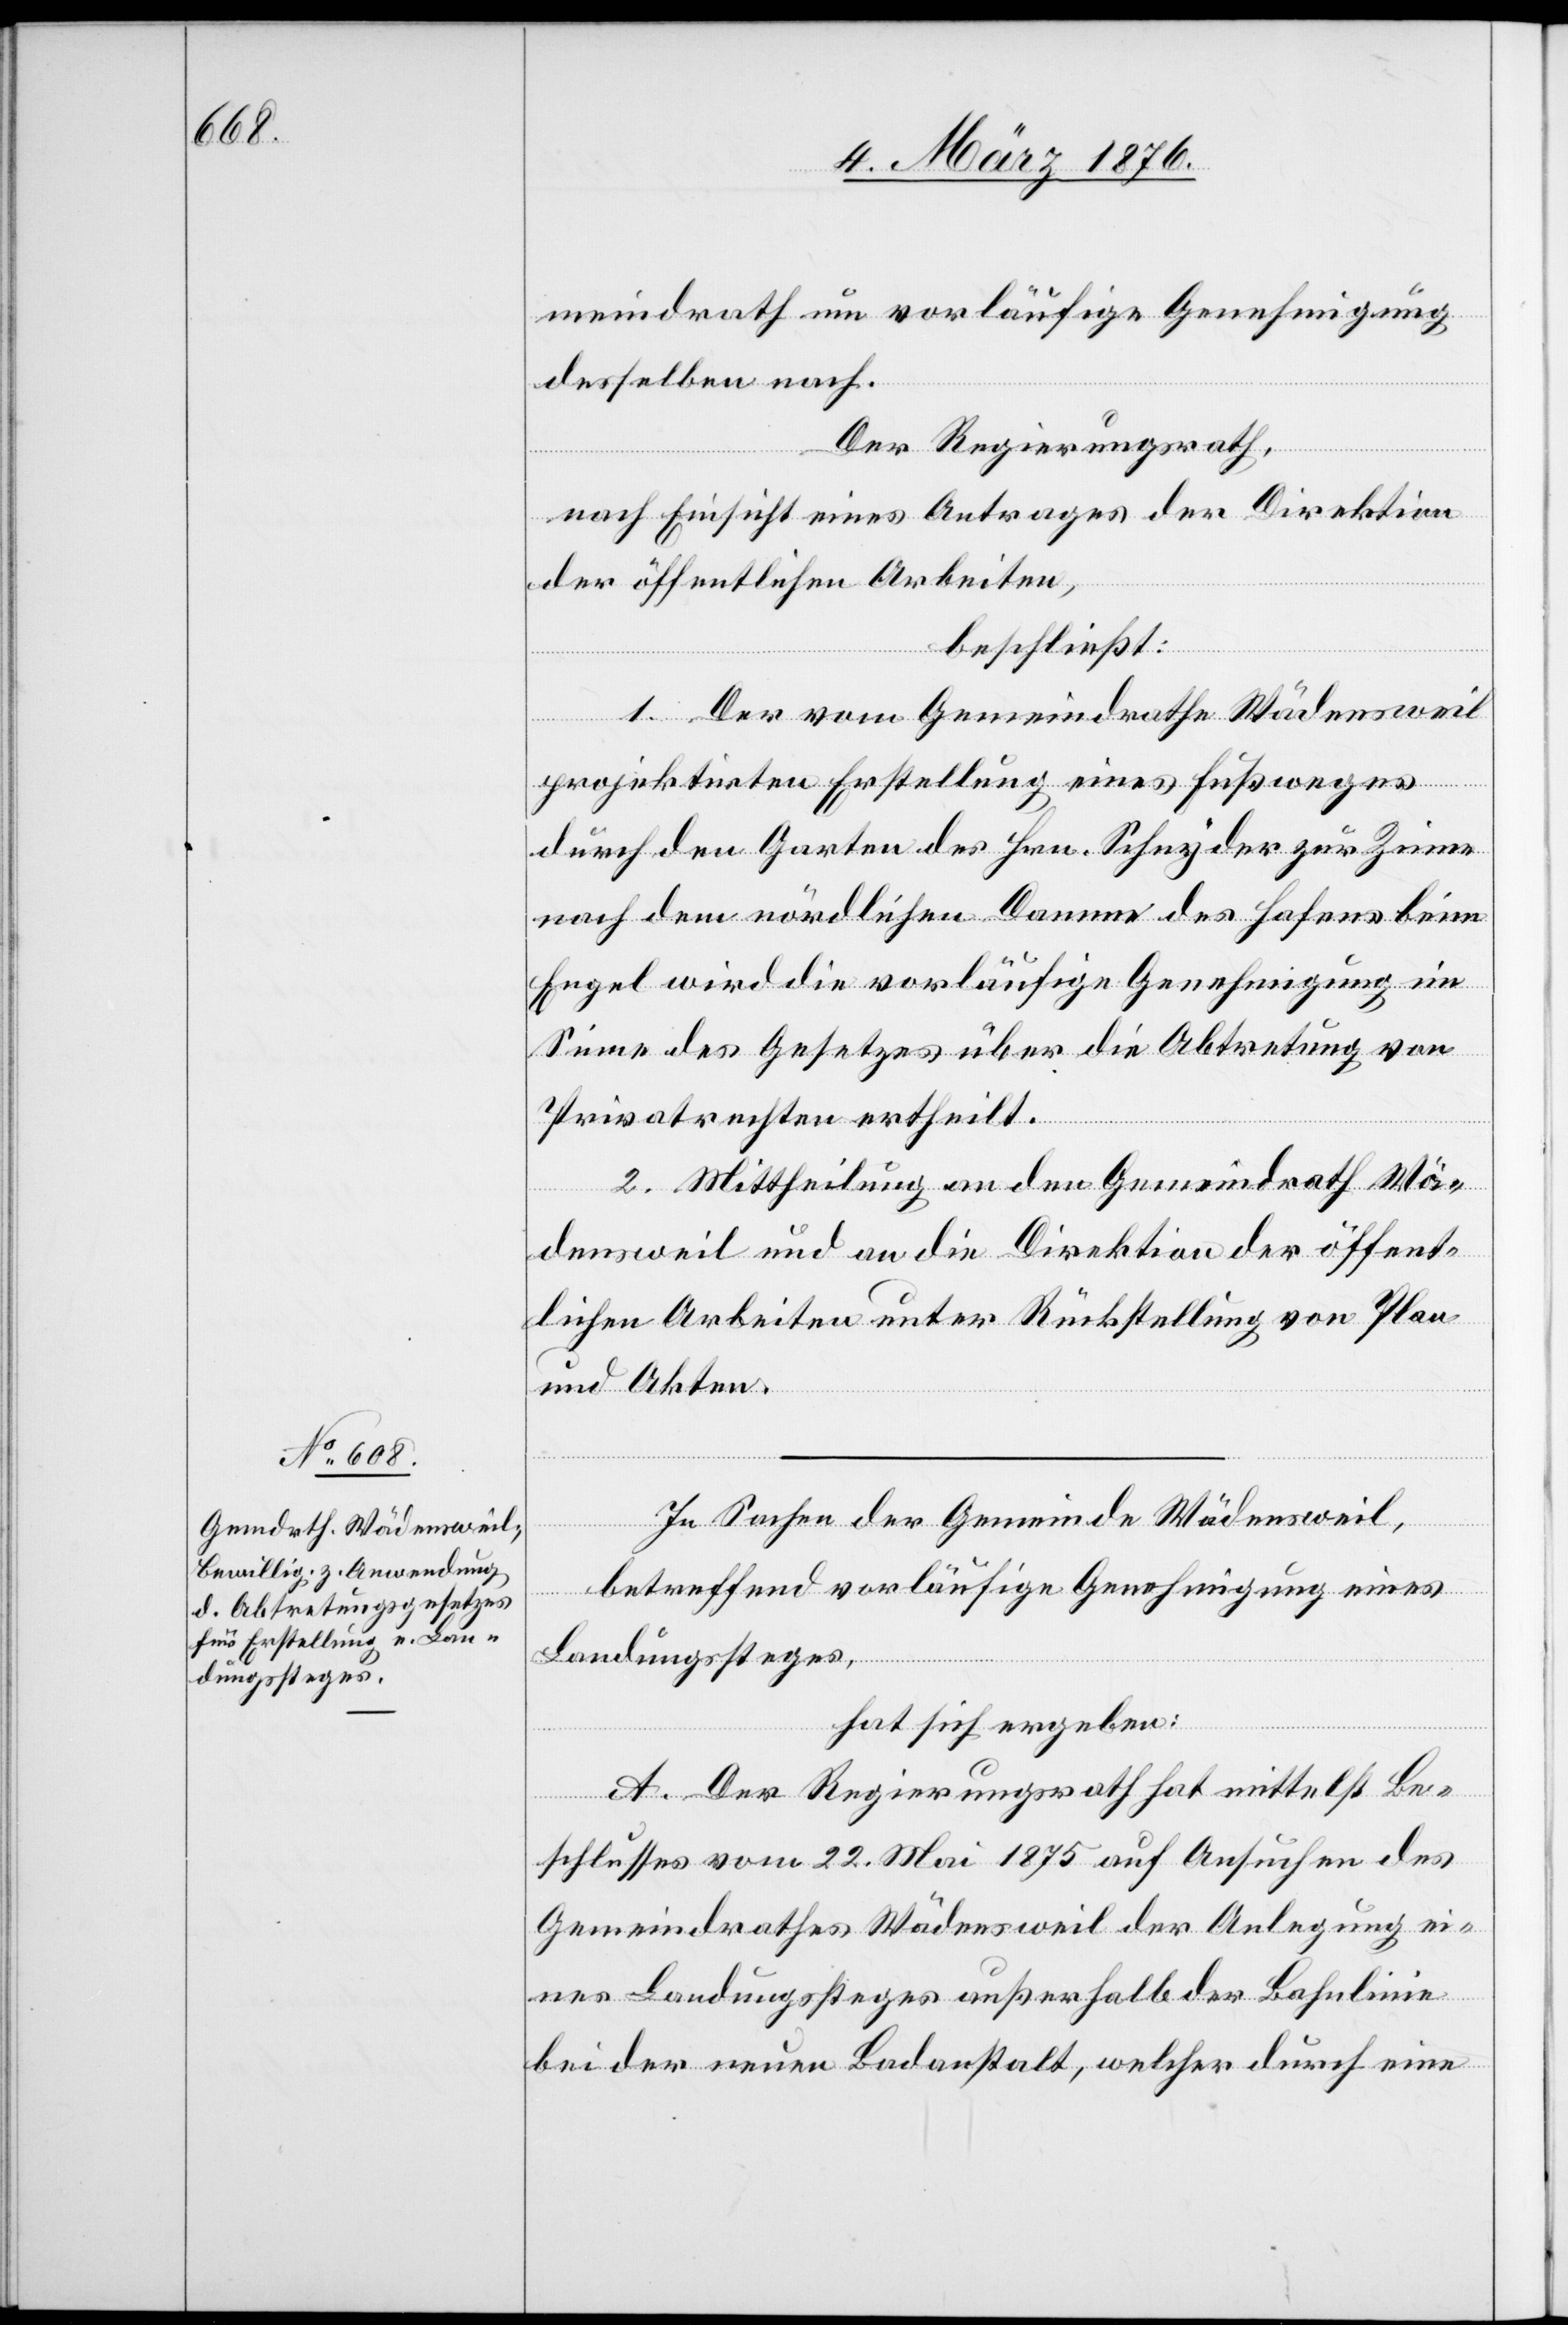
meindrath um vorläufige Genehmigung
desselben nach.
Der Regierungsrath,
nach Einsicht eines Antrages der Direktion
der öffentlichen Arbeiten,
beschließt:
1. Der vom Gemeindrathe Wädensweil
projektirten Erstellung eines Fußweges
durch den Garten des Hrn. Schnyder zur Zinne
nach dem nördlichen Damme des Hafens beim
Engel wird die vorläufige Genehmigung im
Sinne des Gesetzes über die Abtretung von
Privatrechten ertheilt.
2. Mittheilung an den Gemeindrath Wä¬
densweil und an die Direktion der öffent¬
lichen Arbeiten unter Rückstellung von Plan
und Akten.
In Sachen der Gemeinde Wädensweil,
betreffend vorläufige Genehmigung eines
Landungssteges,
hat sich ergeben:
A. Der Regierungsrath hat mittelst Be¬
schlusses vom 22. Mai 1875 auf Ansuchen des
Gemeindrathes Wädensweil der Anlegung ei¬
nes Landungssteges außerhalb der Bahnlinie
bei der neuen Badanstalt, welcher durch eine